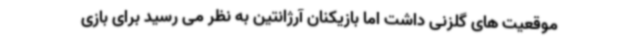
موقعیت های گلزنی داشت اما بازیکنان آرژانتین به نظر می رسید برای بازی